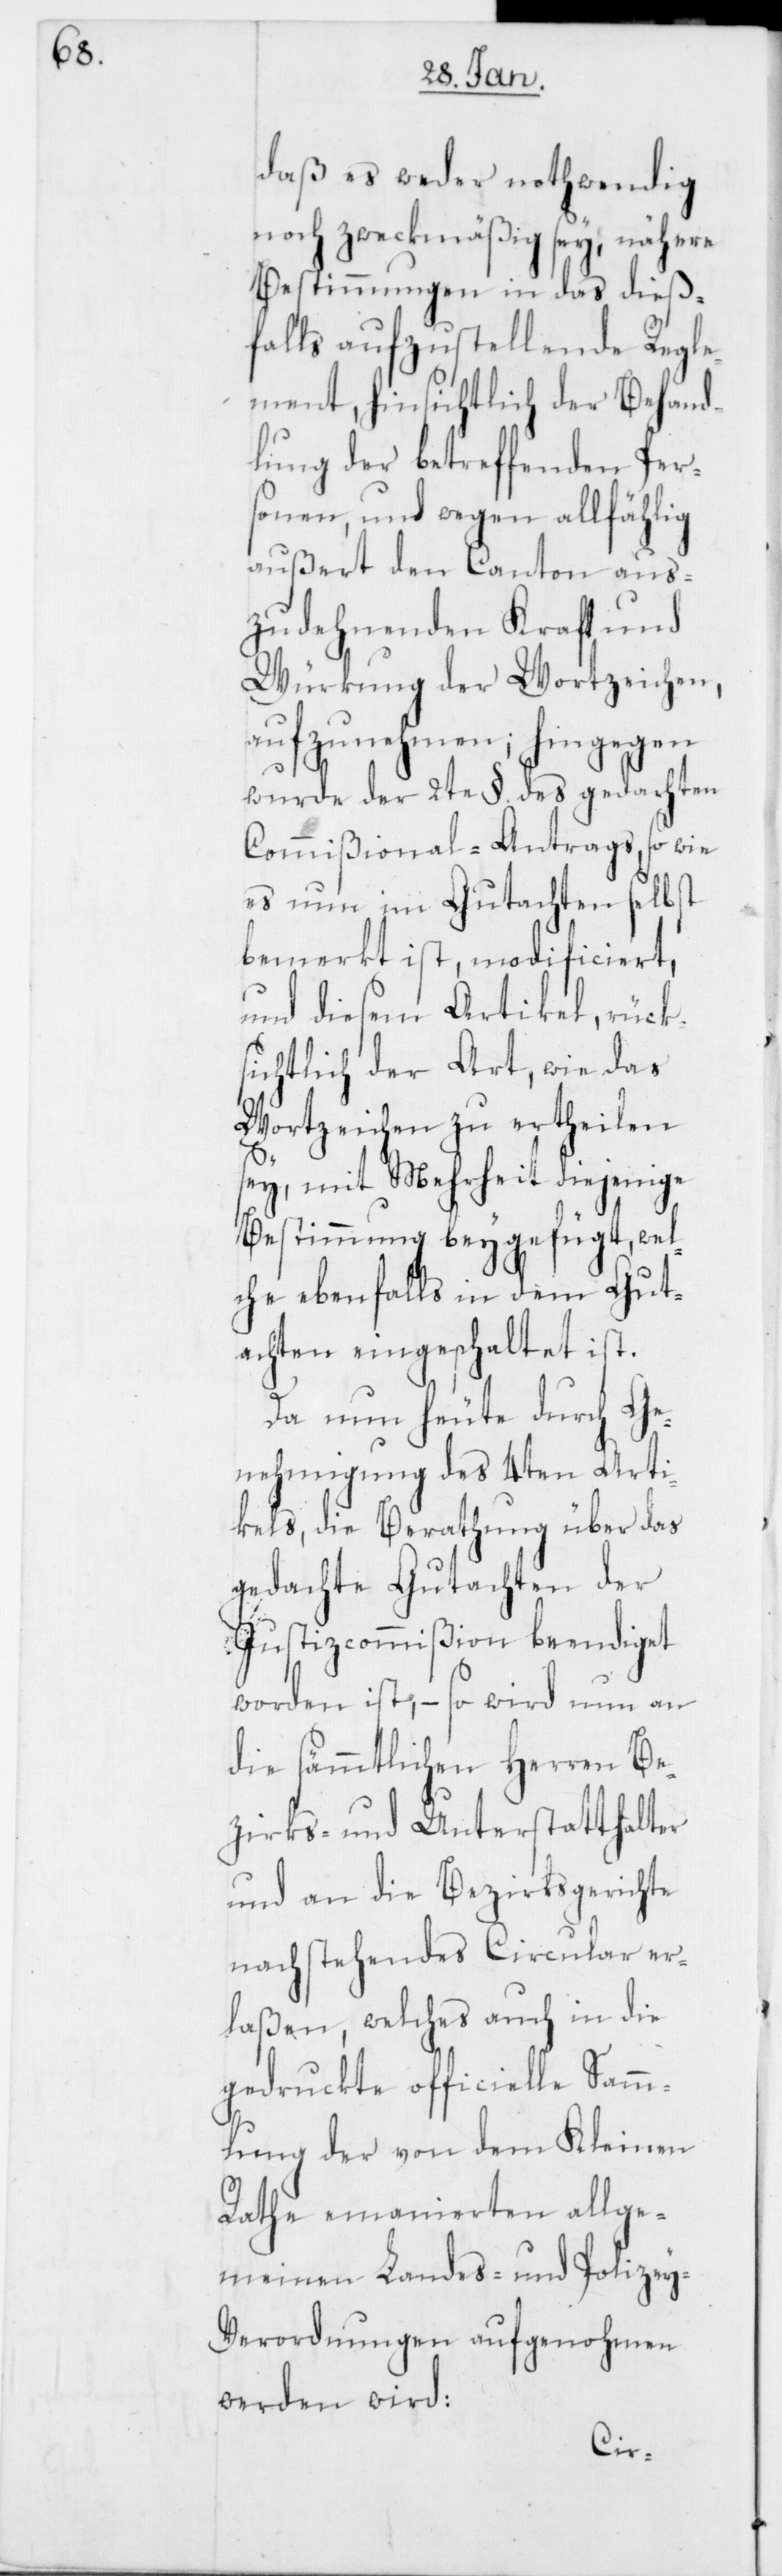
daß es weder nothwendig
noch zweckmäßig sey, nähere
Bestimmungen in das dieß¬
falls aufzustellende Regle¬
ment, hinsichtlich der Behand¬
lung der betreffenden Per¬
sonen, und wegen allfählig
außert den Canton aus¬
zudehnenden Kraft und
Würkung der Wortzeichen,
aufzunehmen; hingegen
wurde der 2te §. des gedachten
Commißional-Antrags, so wie
es nun im Gutachten selbst
bemerkt ist, modificiert,
und diesem Artikel, rück¬
sichtlich der Art, wie das
Wortzeichen zu ertheilen
sey, mit Mehrheit diejenige
Bestimmung beygefügt, wel¬
che ebenfalls in dem Gut¬
achten eingeschaltet ist.
Da nun heute durch Ge¬
nehmigung des 4ten Arti¬
kels, die Berathung über das
gedachte Gutachten der
Justizcommißion beendiget
worden ist, – so wird nun an
die sämmtlichen Herren Be¬
zirks- und Unterstatthalter
und an die Bezirksgerichte
nachstehendes Circulare er¬
laßen, welches auch in die
gedruckte officielle Samm¬
lung der von dem kleinen
Rathe emanierten allge¬
meinen Landes- und Polizey-V¬
erordnungen aufgenohmen
werden wird: